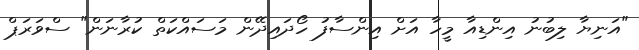
"އަނިޔާ ލިބުނު އިންޑިއާ މީހާ އަށް އިންސާފު ހޯދައިދޭން މަަސައްކަތް ކުރާނަން" ސްވަރަޕް